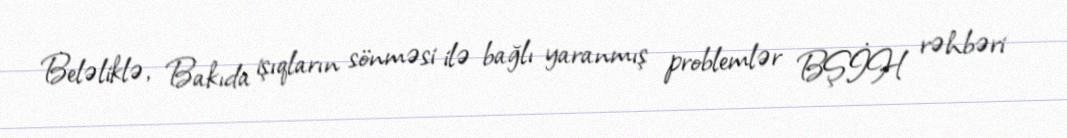
Beləliklə, Bakıda işıqların sönməsi ilə bağlı yaranmış problemlər BŞİH rəhbəri